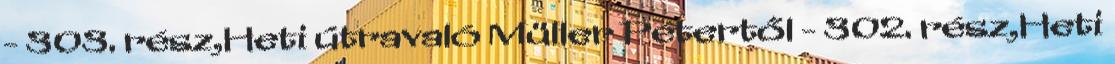
- 303. rész,Heti útravaló Müller Pétertől - 302. rész,Heti